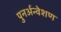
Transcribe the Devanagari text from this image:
पुनर्अन्वेशण